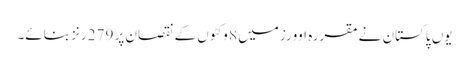
یوں پاکستان نے مقررہ اوورز میں 8 وکٹوں کے نقصان پر 279 رنز بنائے۔